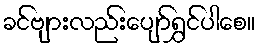
ခင်ဗျားလည်းပျော်ရွှင်ပါစေ။